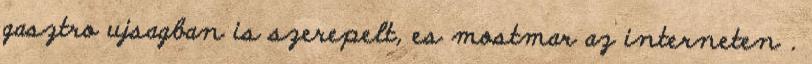
gasztro ujsagban is szerepelt, es mostmar az interneten .